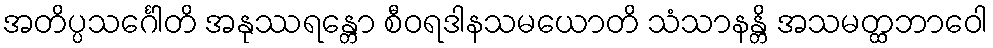
အတိပ္ပသင်္ဂေါတိ အနုဿရန္တော စီဝရဒါနသမယောတိ သံသာနန္တိ အသမတ္ထဘာဝေါ